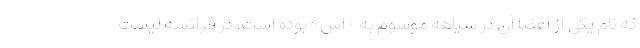
که نام یکی از اعضا آن در سیاهه موسوم به «اس» بوده است. در فرانسه لیست